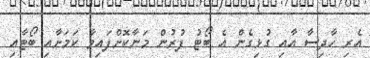
އެރި ހާދިސާ އާއި ގުޅިގެން އެ ބޯޓު ފުރުން މަނާކޮށްފައިވާ ކަމަށާއި ބޯޓާއި